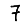
Digit: 7